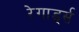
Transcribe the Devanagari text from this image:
रेगार्ड्स